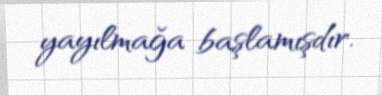
yayılmağa başlamışdır.